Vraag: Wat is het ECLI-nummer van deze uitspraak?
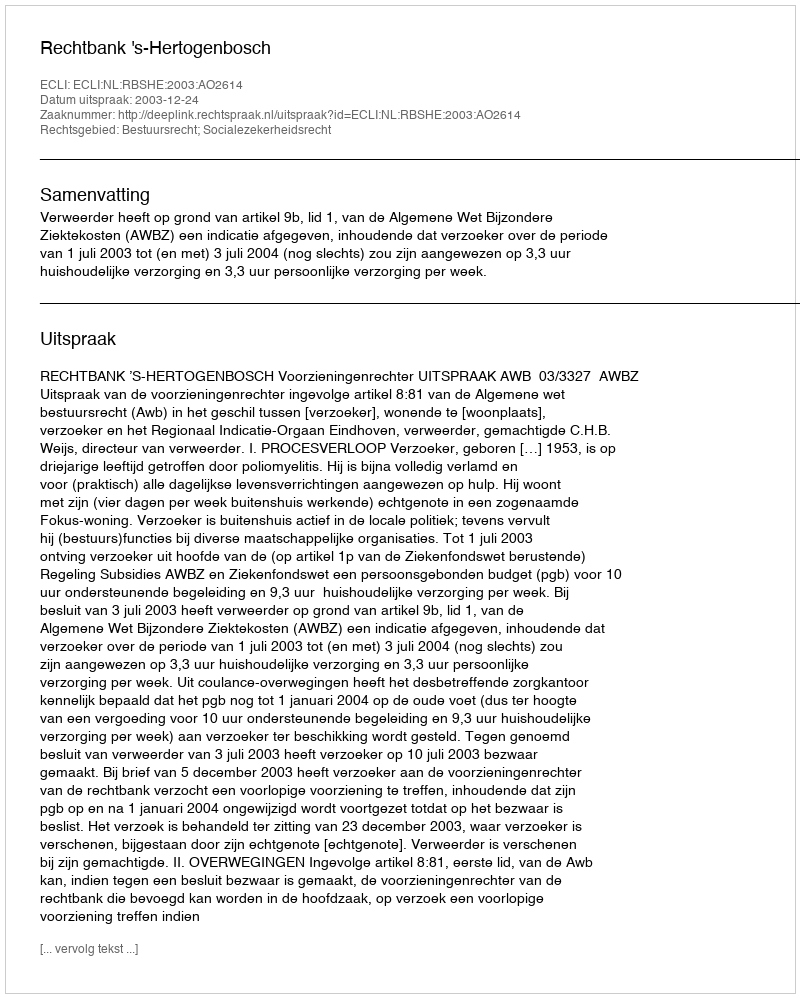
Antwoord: ECLI:NL:RBSHE:2003:AO2614